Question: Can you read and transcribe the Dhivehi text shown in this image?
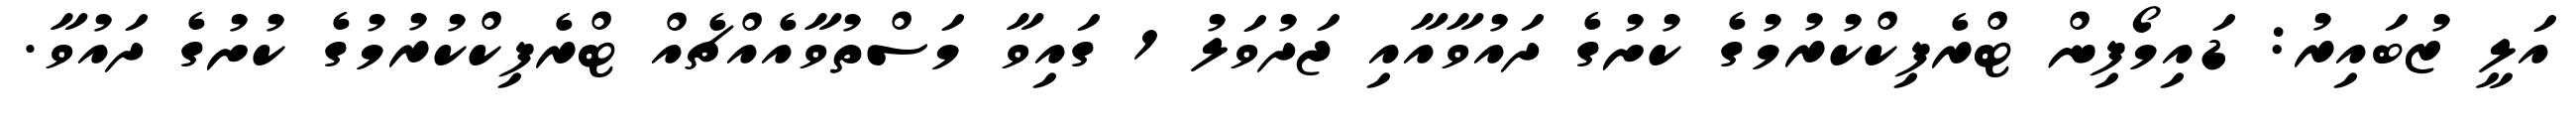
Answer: އަލީ ޒުބައިރު: ޑައިމޯފިން ޓްރެފިކްކުރުމުގެ ކުށުގެ ދައުވާއާއި ޖަދުވަލު 1 ގައިވާ މަސްތުވާއެއްޗެއް ޓްރެފިކްކުރުމުގެ ކުށުގެ ދައުވާ.